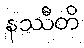
နဿီတိ